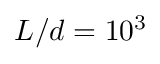
L / d = 1 0 ^ { 3 }